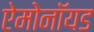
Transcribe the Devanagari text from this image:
ऐमोनॉयड